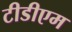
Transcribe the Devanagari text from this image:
टीडीएम